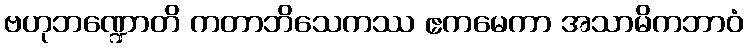
ဗဟုဘဏ္ဍောတိ ကတာဘိသေကဿ ဧကမေကာ အသာမိကဘာဝံ